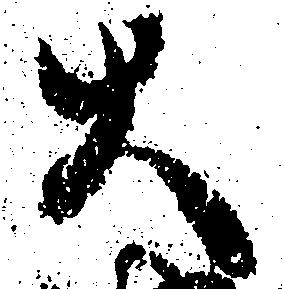
大